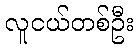
လူငယ်တစ်ဦး